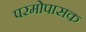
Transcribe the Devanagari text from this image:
परमोपासक